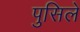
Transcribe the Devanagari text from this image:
पुसिले